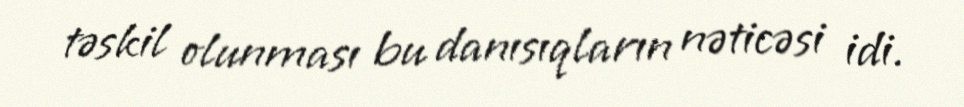
təskil olunması bu danısıqların nəticəsi idi.